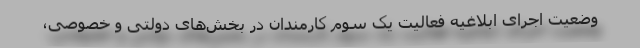
وضعیت اجرای ابلاغیه فعالیت یک سوم کارمندان در بخش‌های دولتی و خصوصی،